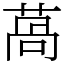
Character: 萵